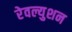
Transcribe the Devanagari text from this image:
रेवल्युशन